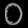
Digit: ၀